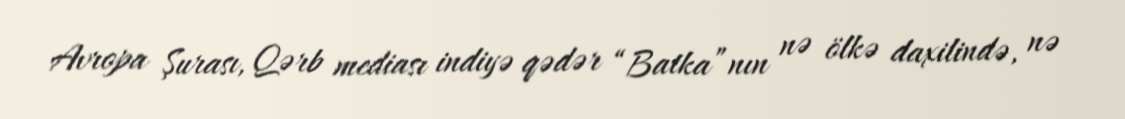
Avropa Şurası, Qərb mediası indiyə qədər “Batka”nın nə ölkə daxilində, nə